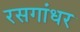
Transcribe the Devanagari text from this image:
रसगांधर